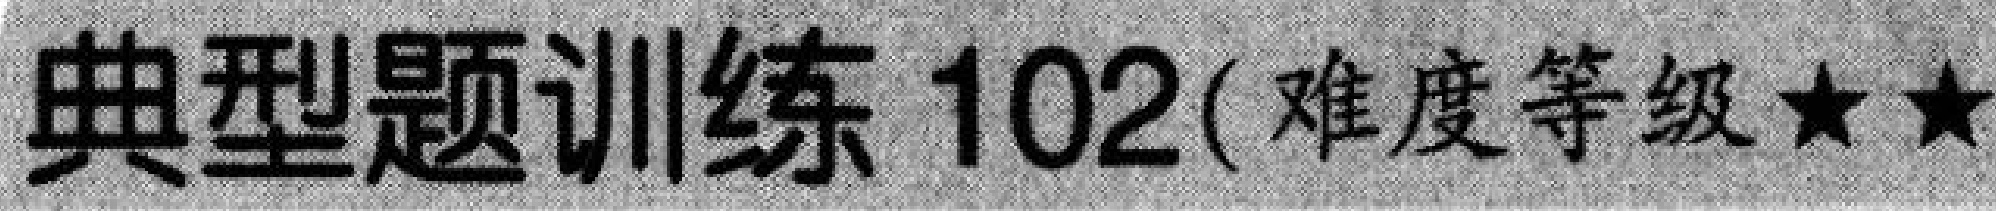
典型题训练 102( 难度等级★★)